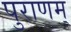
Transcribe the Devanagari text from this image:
पुराणम्‌